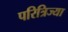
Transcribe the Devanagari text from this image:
परित्रिज्या